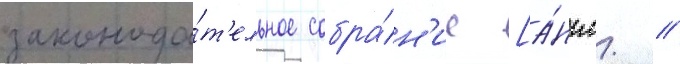
законода́т'ельное собра́н'ие [а́нгл. /